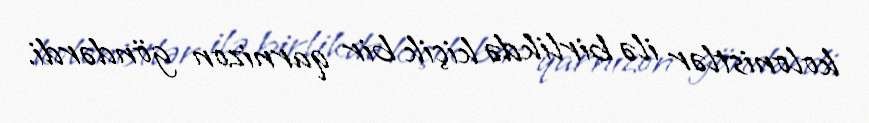
kolonistlər ilə birlikdə kiçik bir qarnizon göndərdi.